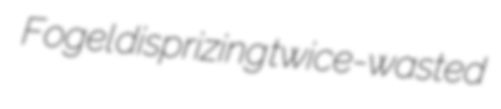
Fogel disprizing twice-wasted